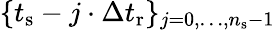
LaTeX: \{ t_{\mathrm{s}}-j\cdot\Delta t_{\mathrm{r}}\} _{j=0,\dots,n_{\mathrm{s}}-1}